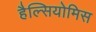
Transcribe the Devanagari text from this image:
हैल्सियोमिस